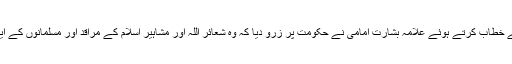
جامع مسجد قصر خدیجۃ الکبریٰ میں جمعہ کے مرکزی اجتماع سے خطاب کرتے ہوئے علامہ بشارت امامی نے حکومت پر زرو دیا کہ وہ شعائر اللہ اور مشاہیر اسلام کے مراقد اور مسلمانوں کے ایمانی مراکز کے تحفظ کیلئے سفارتی سطح پر عملی کوششیں کرے۔